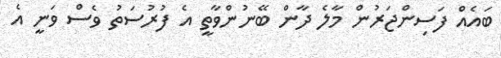
ބައެއް ފަސިންޖަރުން މާލެ ދާން ބޭނުންވާތީ އެ ފުރުސަތު ވެސް ވަނީ އެ